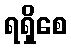
ရရှိစေ